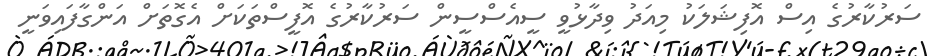
ސަރުކާރުގެ އިސް އޮފިޝަލަކު މިއަދު ވިދާޅުވީ ސީއެސްސީން ސަރުކާރުގެ އޮފީސްތަކަށް އެގޮތަށް އަންގާފައިވަނީ